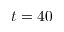
t = 4 0